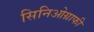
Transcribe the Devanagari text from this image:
सिनिओग्राफी